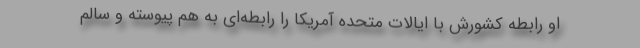
او رابطه کشورش با ایالات متحده آمریکا را رابطه‌ای به هم پیوسته و سالم